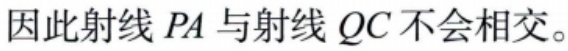
因此射线 \(PA\) 与射线 \(QC\) 不会相交。